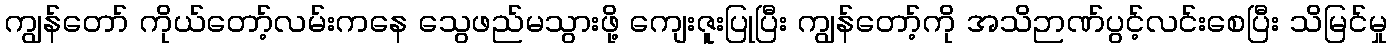
ကျွန်တော် ကိုယ်တော့်လမ်းကနေ သွေဖည်မသွားဖို့ ကျေးဇူးပြုပြီး ကျွန်တော့်ကို အသိဉာဏ်ပွင့်လင်းစေပြီး သိမြင်မှု